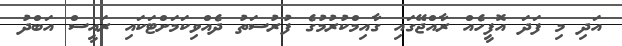
އަދި މި ފަދަ އޮފީހެއް ރާއްޖޭގައި ގާއިމްކުރުމުގެ ފުރުސަތު ދެއްވިކަމަށްޓަކައި ރައީސް އަބްދު